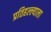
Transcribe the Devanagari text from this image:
प्रतिहल्ल्याला